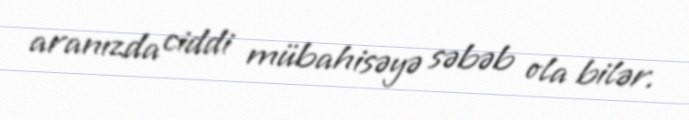
aranızda ciddi mübahisəyə səbəb ola bilər.